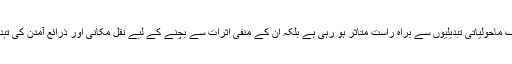
پاکستان میں رہنے والوں کی ایک بڑی تعداد نہ صرف ماحولیاتی تبدیلیوں سے براہ راست متاثر ہو رہی ہے بلکہ ان کے منفی اثرات سے بچنے کے لیے نقل مکانی اور ذرائع آمدن کی تبدیلی جیسے مشکل فیصلے کرنے پر بھی مجبور ہے۔